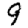
Digit: 9